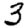
Digit: 3